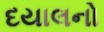
દયાલનો